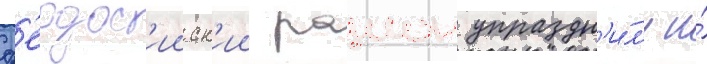
ф'еодос'ииск'ии раион упраздн'и́л'и и́